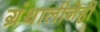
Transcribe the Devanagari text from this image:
ग्रंथालीनेही